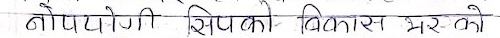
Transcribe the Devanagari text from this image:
नोपयोगी सिपको विकास भरएको